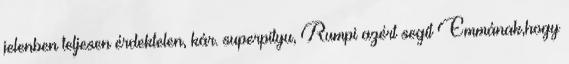
jelenben teljesen érdektelen, kár. superpityu, Rumpi azért segít Emmának,hogy